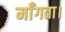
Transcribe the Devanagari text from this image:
माँगता।